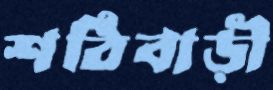
শঠিবাড়ী